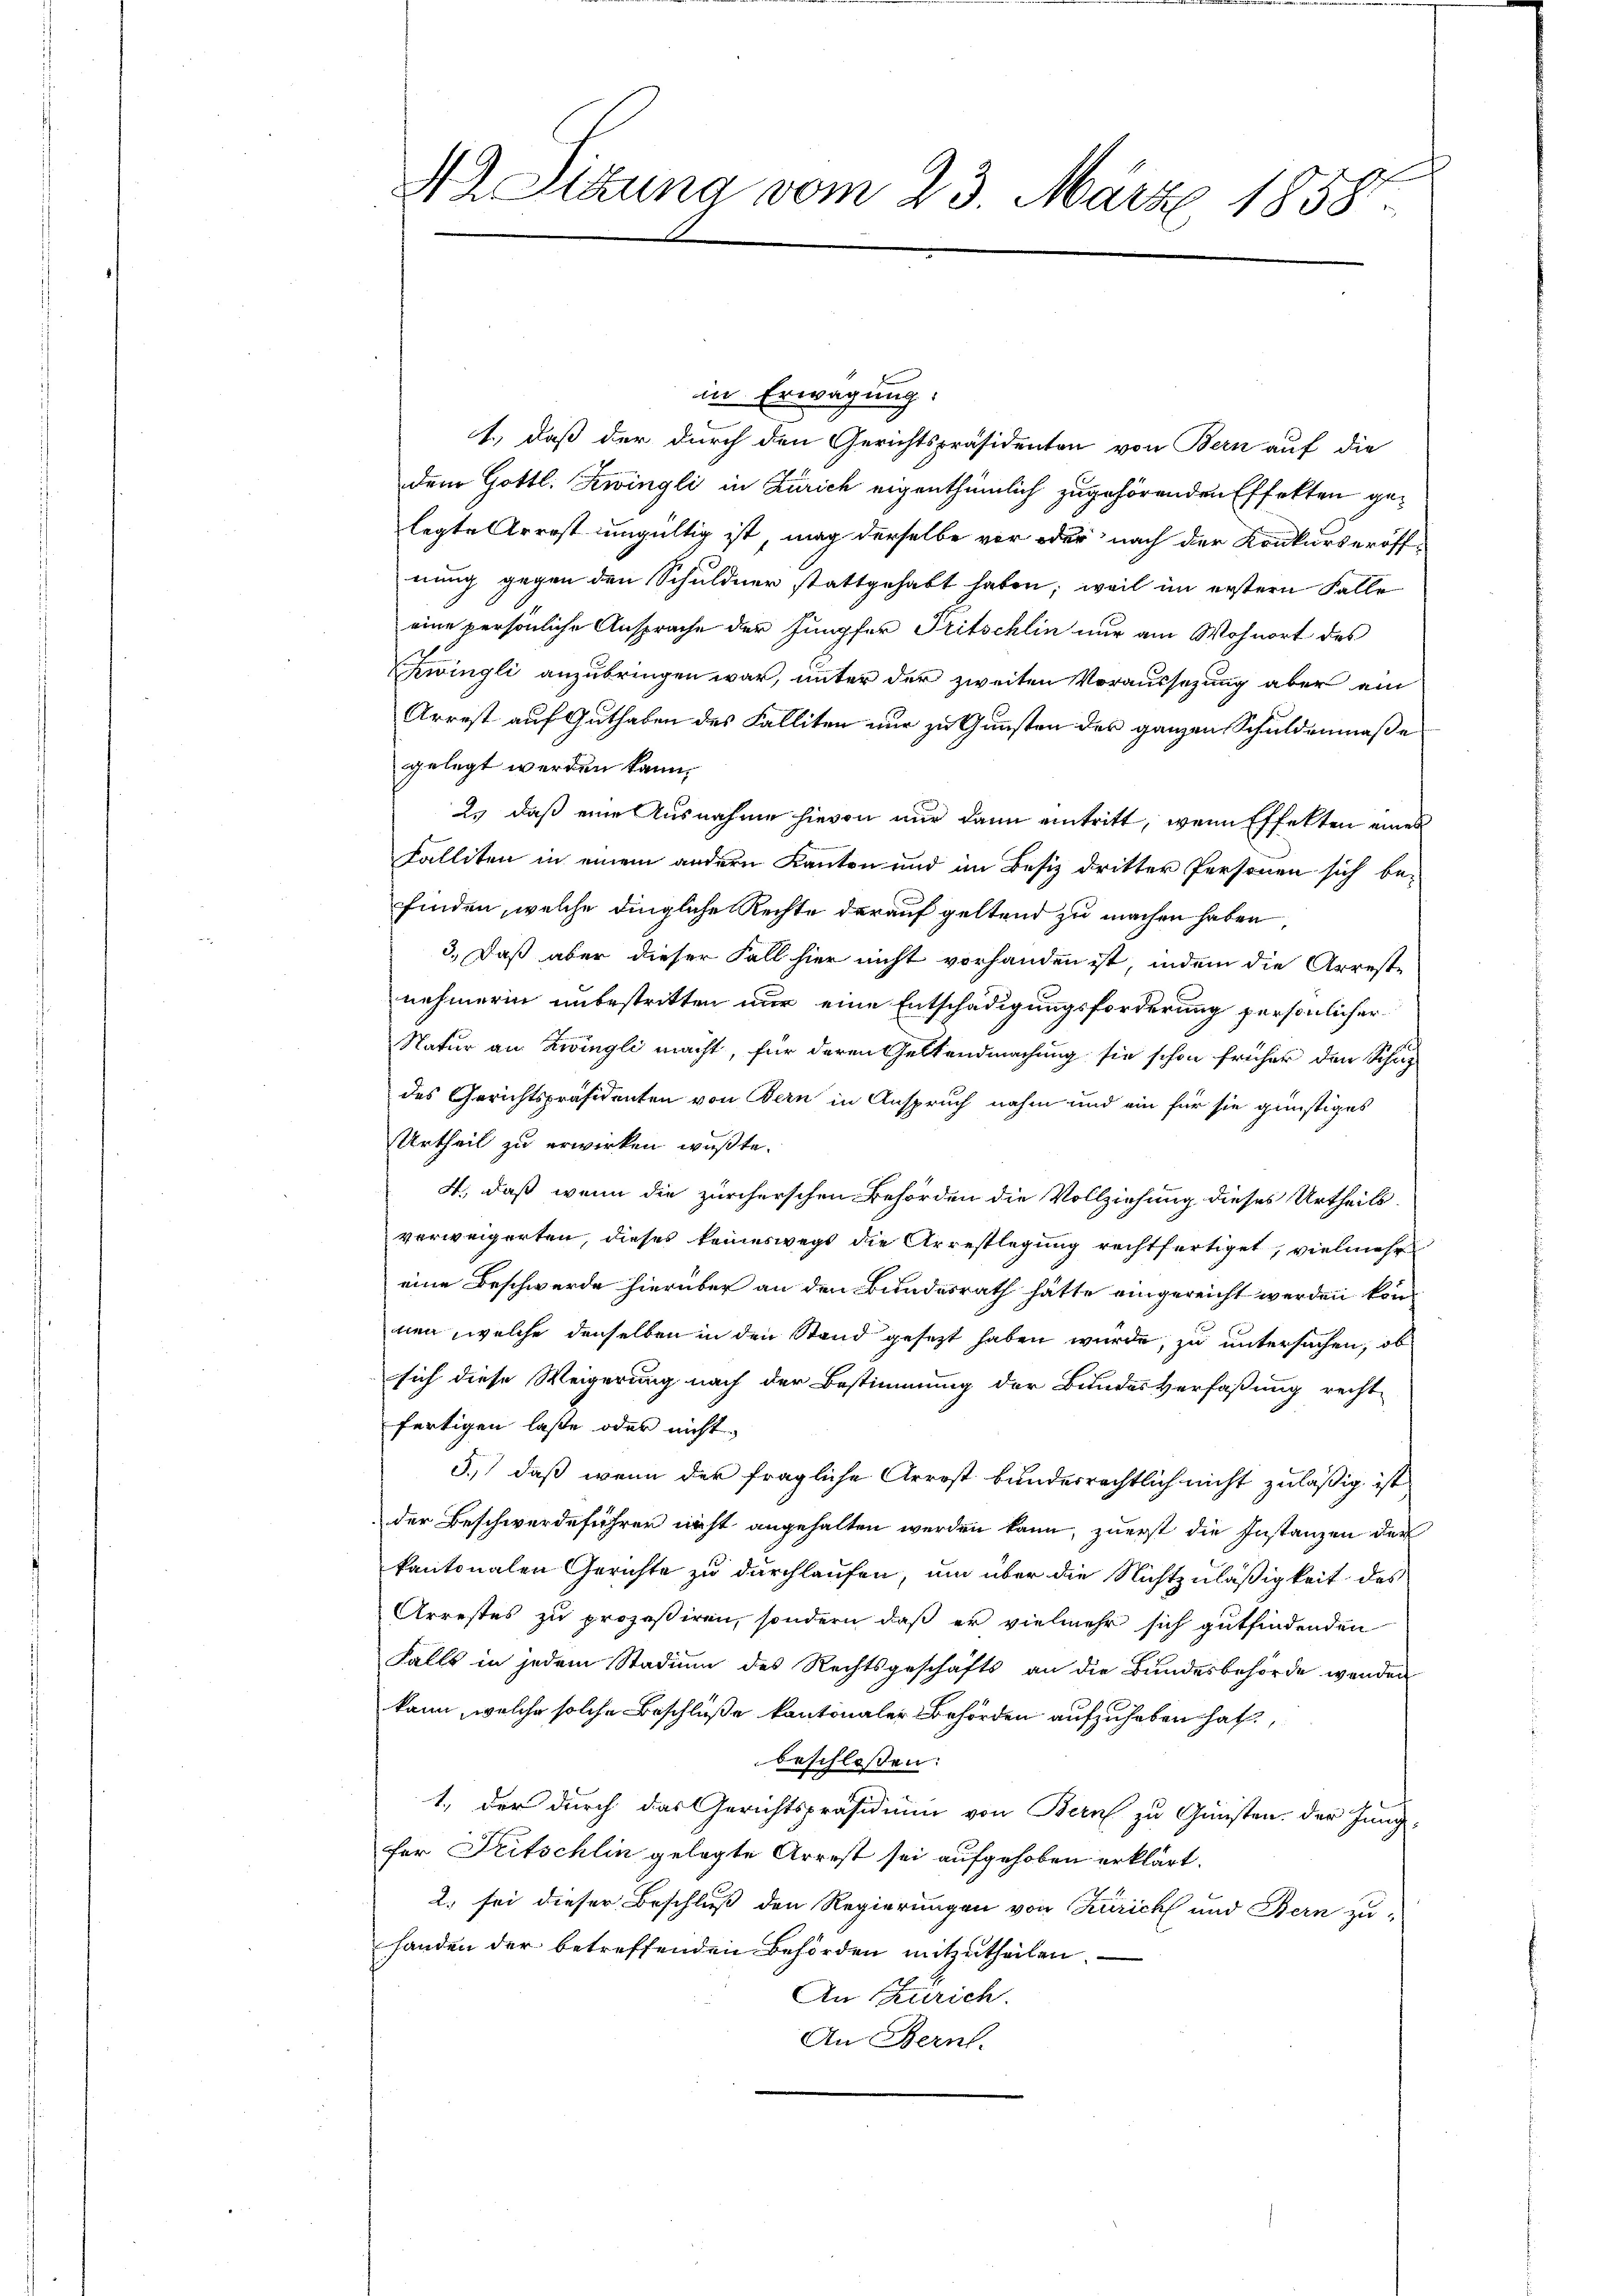
A Sitzung vom 23. März 1858.

in Erwägung:
1.) Daß der durch den Gerichtspräsidenten von Bern auf die
dem Gottl. Zwingli in Zürich eigenthümlich zugehörenden Effekten gelegte Arrest ungültig ist, mag derselbe vor oder nach der Konkurseröff-
nung gegen den Schuldner stattgehabt haben; weil im erstern Falle
eine persönliche Ansprache der Jupfer Fritschlin nur am Wohnort des
Zwingli anzubringen war, unter der zweiten Voraussetzung aber am
Arrest auf Guthaben des Falliten nur zu Gunsten des ganzen Schuldenmaße
gelegt werden kann.
2. daß eine Ausnahme hievon nur dann eintritt, wenn Effekten eines
Falliten in einem andern Kanton und im Besiz dritter Personen sich be-
finden, welche dingliche Rechte darauf geltend zu machen haben
3.) Daß aber dieser Fall hier nicht vorhanden ist, indem die Arreste
nehmerin unbestritten nur eine Entschädigungsforderung persönlicher
Natur an Zwingli macht, für deren Geltendmachung sie schon früher den Schaz
des Gerichtspräsidenten von Bern in Anspruch nahm und ein für sie günstiges
Urtheil zu erwirken wußte.
4., daß wenn die zürcherschen Behörden die Vollziehung dieses Urtheils
verweigerten, dieses keineswegs die Arrestlegung rechtfertiget, vielmehr
eine Beschwerde hierüber an den Bundesrath hätte eingereicht werden kön
nen, welche denselben in den Stand gesezt haben wurde, zu untersuchen, ob
sich diese Weigerung nach der Bestimmung der Bundesverfaßung recht
fertigen laße oder nicht
3.) daß wenn der fragliche Arrest bundesrechtlich nicht zuläßig ist
der Beschwerdeführer nicht angehalten werden kann, zuerst die Instanzen der
kantonalen Gerichte zu durchlaufen, um über die Nichtzuläßigkeit des
Arrestes zu prozessiren, sondern daß er vielmehr sich gutfindenden
Falls in jedem Stadium des Rechtsgeschäfts an die Bundesbehörde werden
kann, welche solche Beschluße kantonaler Behörden aufzuheben hat.
beschlossen:
1., der durch das Gerichtspräsidium von Bern zu Gunsten der Jung-
fer Zeitschlin gelegte Arrest sei aufgehoben erklärt.
2. sei dieser Beschluß den Regierungen von Zürich und Bern zu-
handen der betreffenden Behörden mitzutheilen.
An Zürich.
An Bern.